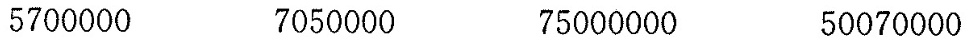
5700000 7050000 75000000 50070000